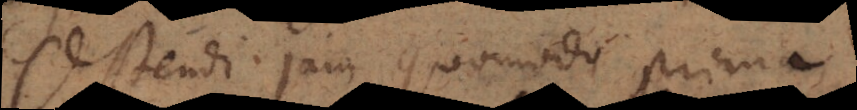
Ostendi jam quomodo prima